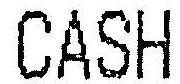
CASH